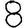
Digit: 8